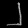
Digit: ၂